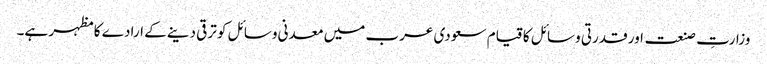
وزارتِ صنعت اور قدرتی وسائل کا قیام سعودی عرب میں معدنی وسائل کو ترقی دینے کے ارادے کا مظہر ہے۔